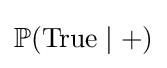
\mathbb {P} ({\text{True}}\mid +)